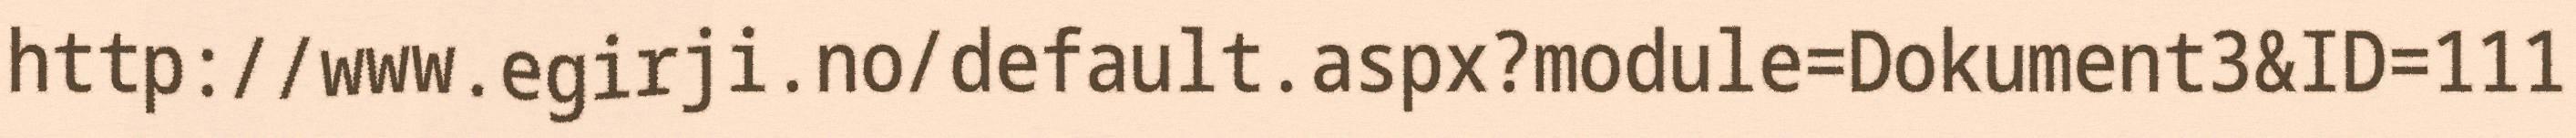
http://www.egirji.no/default.aspx?module=Dokument3&ID=111